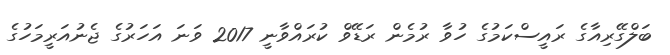
ބަލްގޭރިއާގެ ރައީސްކަމުގެ ހުވާ ރުމެން ރަޑޭވް ކުރައްވާނީ 2017 ވަނަ އަހަރުގެ ޖެނުއަރީމަހުގެ